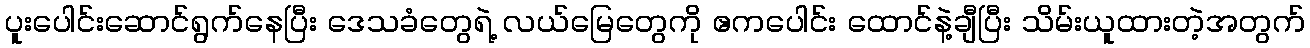
ပူးပေါင်းဆောင်ရွက်နေပြီး ဒေသခံတွေရဲ့ လယ်မြေတွေကို ဧကပေါင်း ထောင်နဲ့ချီပြီး သိမ်းယူထားတဲ့အတွက်